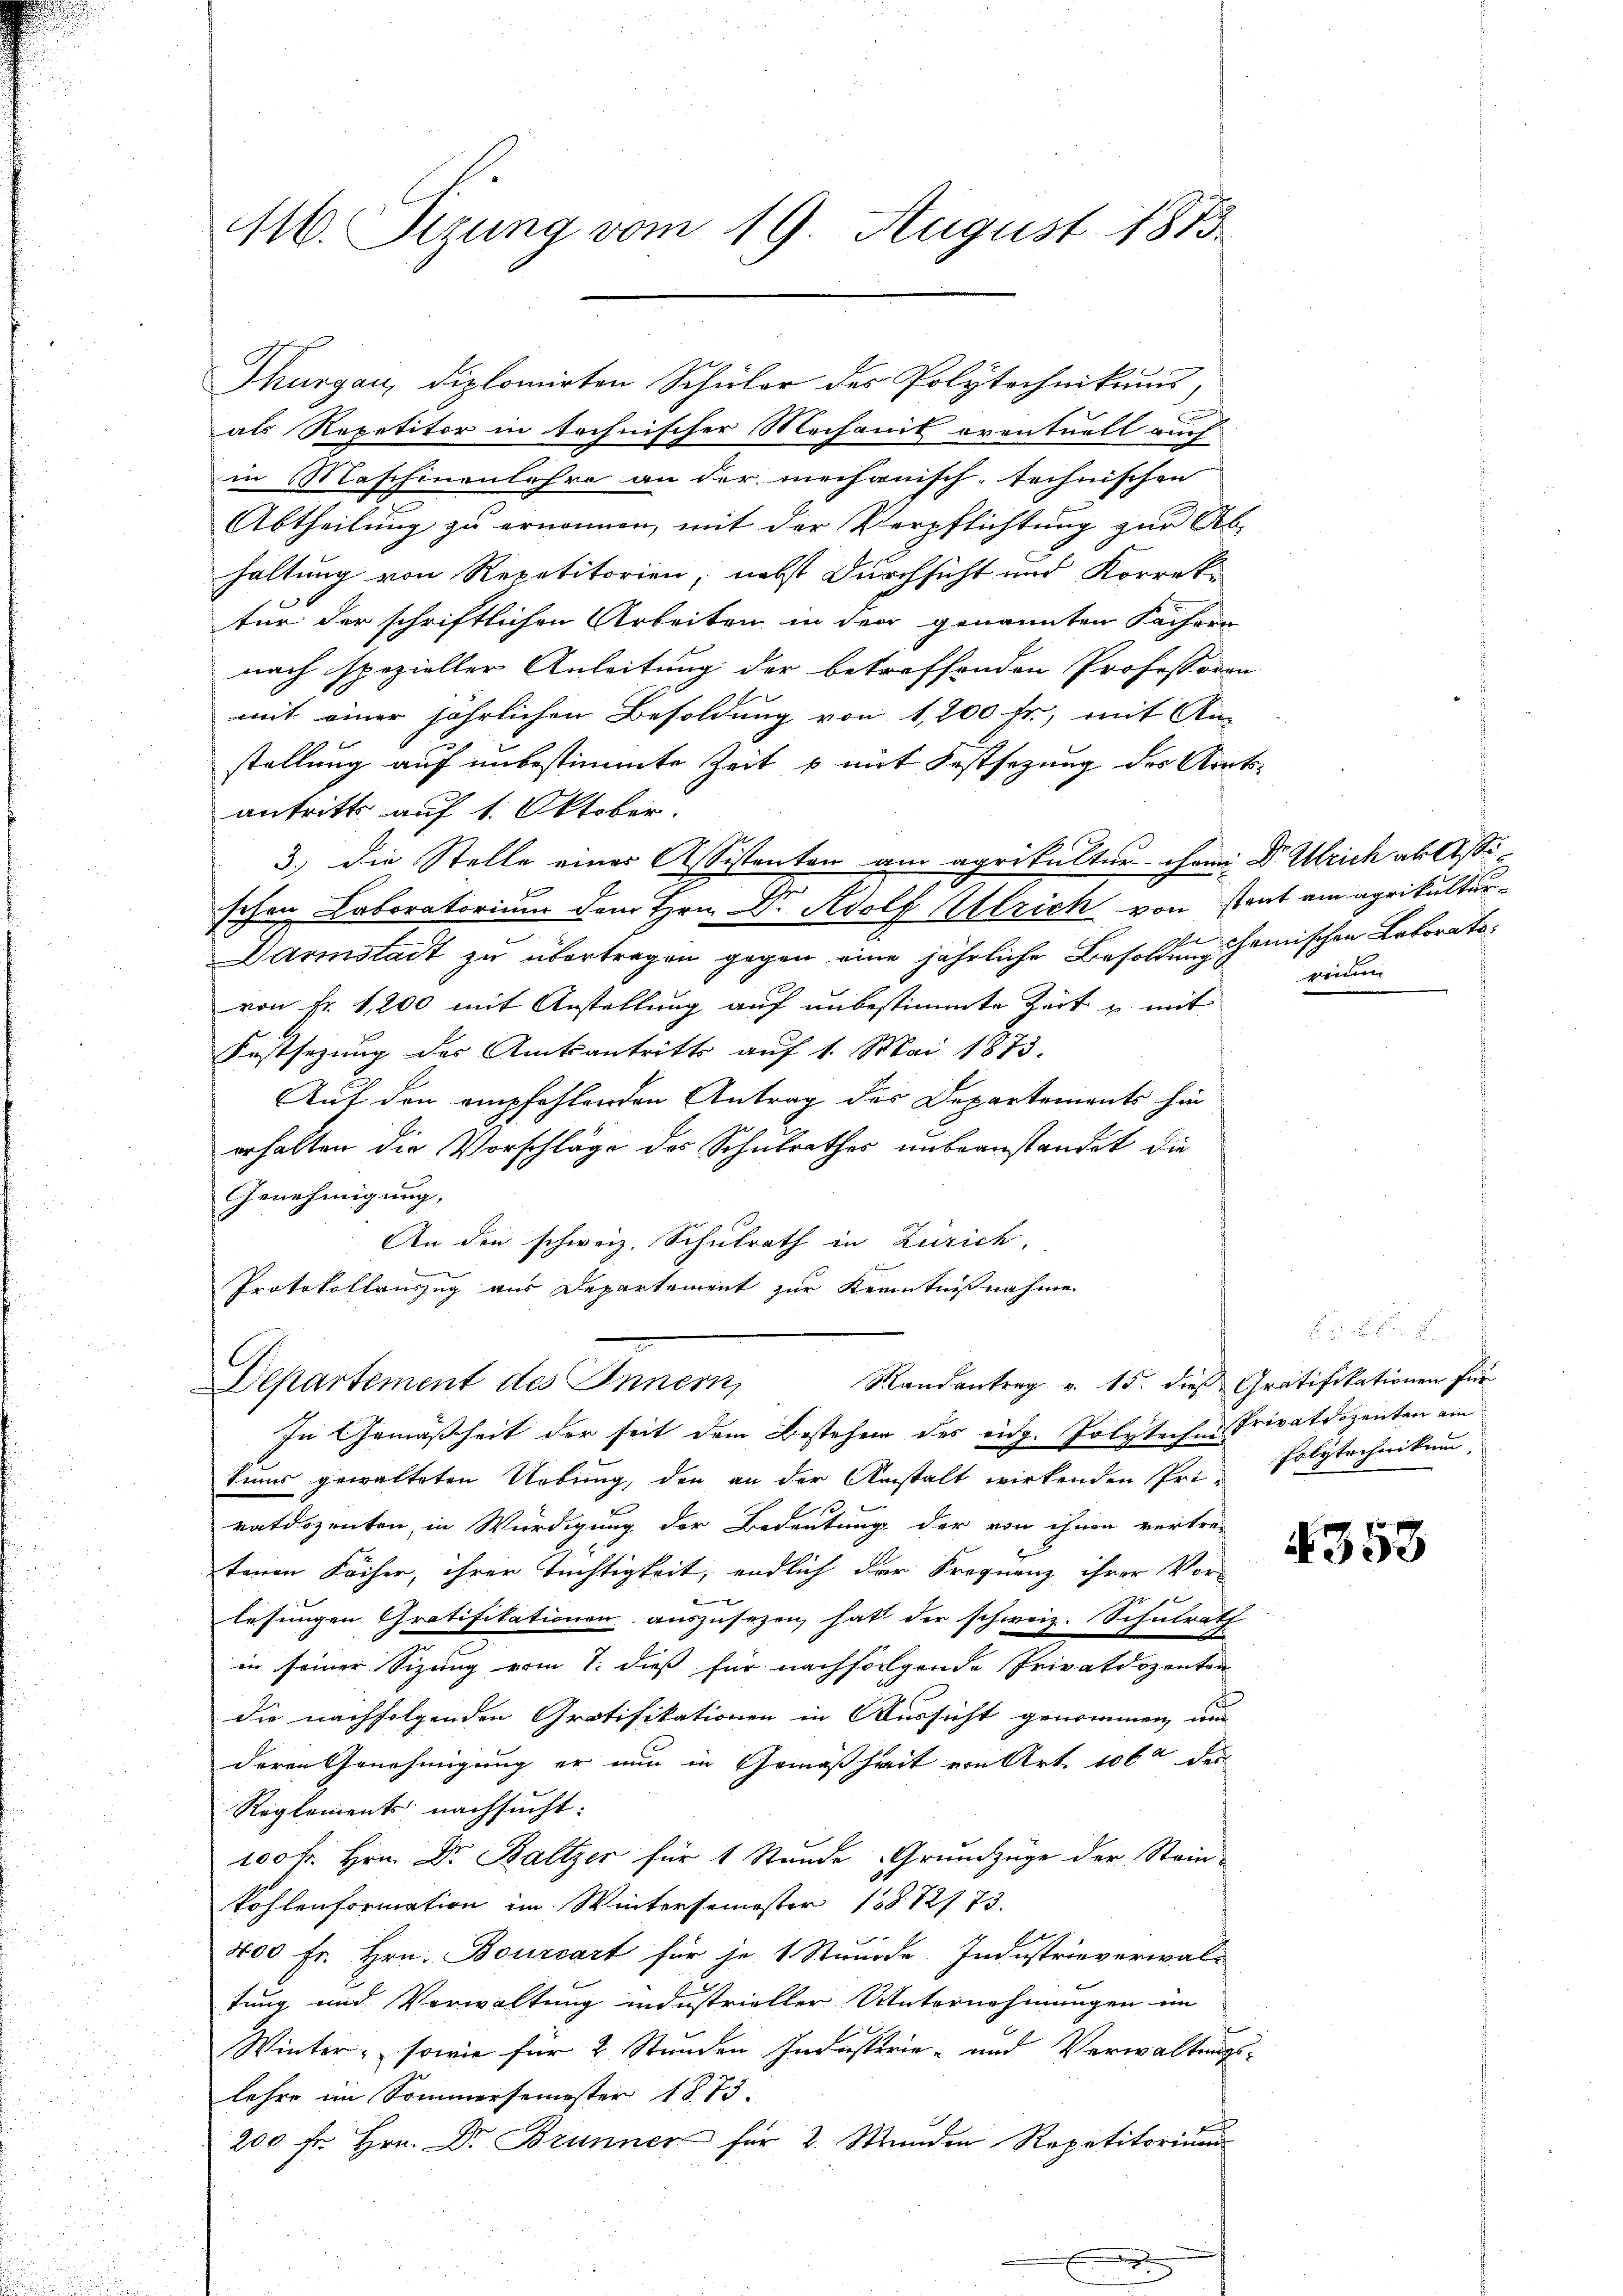
116. Sizung vom 19. August 1873.

als Repetitor in technischer Mochanik eventuell auch
in Maschinenlehre an der mechanisch-technischen
Abtheilung zu ernennen, mit der Verpflichtung zur Ab-
haltung von Repetitorien, nebst Durchsicht und Korrek-
tur der schriftlichen Arbeiten in den genannten Fächern
nach spezieller Anleitung der betreffenden Professoren
mit einer jährlichen Besoldung von 1,200 fr, mit An-
stellung auf unbestimmte Zeit p mit Festsezung des Amtsantritt auf 1. Oktober.
3.) Die Stelle einer Assistenten am agrikultur- chani Dr. Ulrich ablissischen Laboratorium dem Hrn. Dr. Adolf Ulrich von stant ein aprikultur¬
Darmstadt zu übertragen gegen eine jährliche Besoldung chanischen Laboratovon Fr. 1200 mit Anstellung auf unbestimmte Zeit u. mit
Festsezung des Amtsantritts auf 1. Mai 1873.
Auf den empfehlenden Antrag des Departements hin
erhalten die Vorschläge des Schulrathes unbeanstandet die
Genehmigung.
An den schweiz. Schulrath in Zürich,
Protokollauszug aus Departement zur Kenntnißnahme
Randantrag v. 15. dies Gratifikationen für
Departement des Innern,
In Gemäßheit der seit dem Bestehen des eidg. Polytechen Privatdozenten am
tums gewalteten Uebung, den an der Anstalt wirkenden Pri-
vatdozenten, in Würdigung der Bedeutung der von ihnen vertretenen Fächer, ihrer Tüchtigkeit, endlich der Frequenz ihrer Vor-
.
x
lesungen Gratifikationen auszusezen hat der schweiz. Schulrath
in seiner Sizung vom 1. dieß für nachfolgende Privatdozenten
die nachfolgenden Gratifikationen in Aussicht genommen, und
deren Genehmigung er nun in Gemäßheit von Art. 1060 des
Reglements nachsucht:
100 fr. Hrn. Dr. Baltzer für 1 Stunde Grundzüge der Stein-
kohlenformation im Wintersemester 1872/73.
400 Fr. Hrn. Bourcart für je 1 Stunde Industrieverwal-
tung und Verwaltung industrieller Unternehmungen im
Winter, sowie für 2 Stunden Industrie- und Verwaltungslehre im Sommersemester 1873.
200 fr. Hrn. Dr. Brunner für 2. Stunden Repetitorium

Thurgau, diplomirten Schüler des Polytechnikums,

reine

F.
Folytechnikum

4353